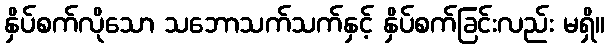
နှိပ်စက်လိုသော သဘောသက်သက်နှင့် နှိပ်စက်ခြင်းလည်း မရှိ။